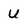
Character: u